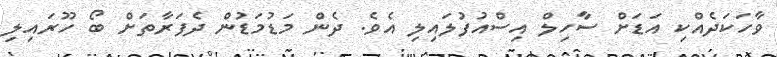
ވާހަކަދެއްކި އަޑަށް ސާހިލް އިސްއުފުލައިލި އެވެ. ދެން މަޑުމަޑުން ދެފަރާތަށް ބޯ ހޫރައިލި